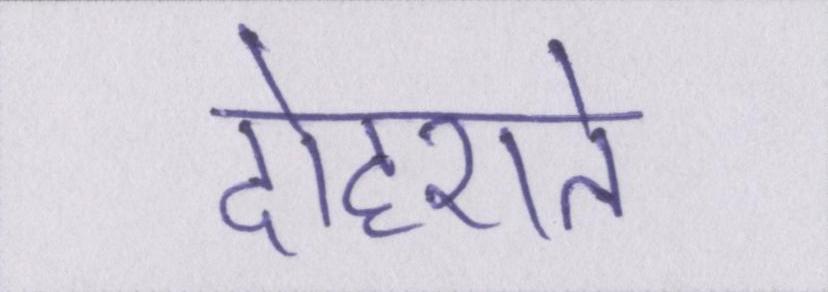
दोहराते